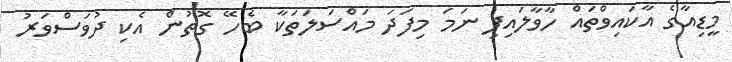
މީޑިއާގެ އާކައިވްތައް ހާވާލައިފި ނަމަ މިފަދަ މައްސަލަތަކާ ބެހޭ ގޮތުން އެކި ދުވަސްވަރު